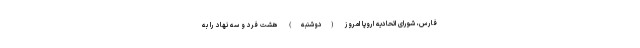
فارس،‌ شورای اتحادیه اروپا امروز (دوشنبه) هشت فرد و سه نهاد را به